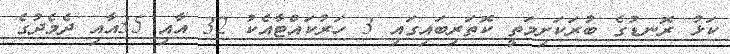
ކަޅު ރޮނޑުގެ ބުރަކަށިމަތީ ކޮތަރިބައިގައި 3 ހަރުކައްޓާއެކު 32 އާއި 35އާއި ދެމެދުގެ